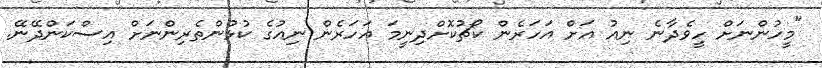
"މީހުންނަށް ހީވެދާނެ ނިއު އަށް އަހަރެން ކޯޗުކޮށްދިނީމަ އަހަރެން ނިއުގެ ކުޅުންތެރިންނަށް އިސްކަންދޭނޭ.